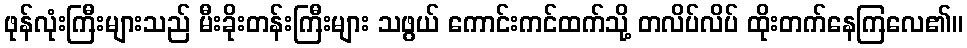
ဖုန်လုံးကြီးများသည် မီးခိုးတန်းကြီးများ သဖွယ် ကောင်းကင်ထက်သို့ တလိပ်လိပ် ထိုးတက်နေကြလေ၏။